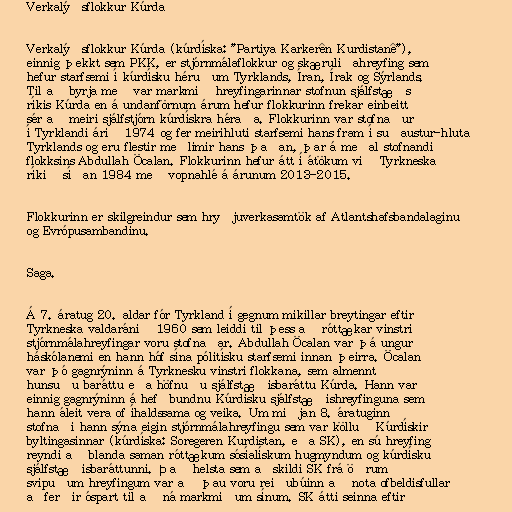
Verkalýðsflokkur Kúrda

Verkalýðsflokkur Kúrda (kúrdíska: "Partiya Karkerên Kurdistanê"‎),
einnig þekkt sem PKK, er stjórnmálaflokkur og skæruliðahreyfing sem
hefur starfsemi í kúrdísku héruðum Tyrklands, Íran, Írak og Sýrlands.
Til að byrja með var markmið hreyfingarinnar stofnun sjálfstæðs
ríkis Kúrda en á undanförnum árum hefur flokkurinn frekar einbeitt
sér að meiri sjálfstjórn kúrdískra héraða. Flokkurinn var stofnaður
í Tyrklandi árið 1974 og fer meirihluti starfsemi hans fram í suðaustur-hluta
Tyrklands og eru flestir meðlimir hans þaðan, þar á meðal stofnandi
flokksins Abdullah Öcalan. Flokkurinn hefur átt í átökum við Tyrkneska
ríkið síðan 1984 með vopnahlé á árunum 2013-2015.

Flokkurinn er skilgreindur sem hryðjuverkasamtök af Atlantshafsbandalaginu
og Evrópusambandinu.

Saga.

Á 7. áratug 20. aldar fór Tyrkland í gegnum mikillar breytingar eftir
Tyrkneska valdaránið 1960 sem leiddi til þess að róttækar vinstri
stjórnmálahreyfingar voru stofnaðar. Abdullah Öcalan var þá ungur
háskólanemi en hann hóf sína pólitísku starfsemi innan þeirra. Öcalan
var þó gagnrýninn á Tyrknesku vinstri flokkana, sem almennt
hunsuðu baráttu eða höfnuðu sjálfstæðisbaráttu Kúrda. Hann var
einnig gagnrýninn á hefðbundnu Kúrdísku sjálfstæðishreyfinguna sem
hann áleit vera of íhaldssama og veika. Um miðjan 8. áratuginn
stofnaði hann sýna eigin stjórnmálahreyfingu sem var kölluð Kúrdískir
byltingasinnar (kúrdíska: Soregeren Kurdistan, eða SK), en sú hreyfing
reyndi að blanda saman róttækum sósíalískum hugmyndum og kúrdísku
sjálfstæðisbaráttunni. Það helsta sem aðskildi SK frá öðrum
svipuðum hreyfingum var að þau voru reiðubúinn að nota ofbeldisfullar
aðferðir óspart til að ná markmiðum sínum. SK átti seinna eftir